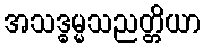
အသဒ္ဓမ္မသညတ္တိယာ